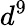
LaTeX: d^{9}